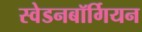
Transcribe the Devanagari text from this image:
स्वेडनबॉर्गियन